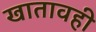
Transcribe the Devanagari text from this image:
खातावही